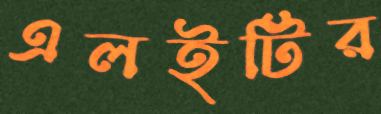
এলইটির